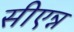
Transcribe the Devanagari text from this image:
सीएन्न